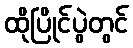
ထိုပြိုင်ပွဲတွင်